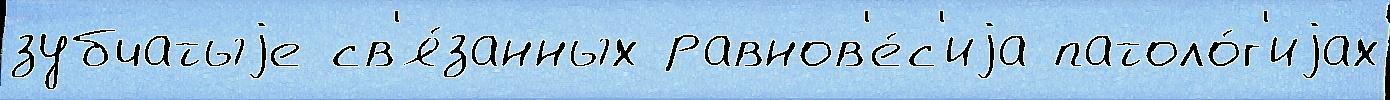
зубчатыjе св'я́занных равнов'е́с'иjа патоло́г'иjах